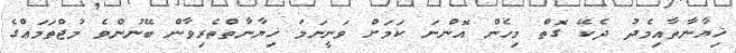
ޚިޔާނާތާއިމެދު ދެކޭ ގޮތް މިހެން އޮންނަ ކަމަށް ވަނީނަމަ ޚިޔާނާތްތެރިވާން ބޭނުންވެ މުޖްތަމަޢްގެ